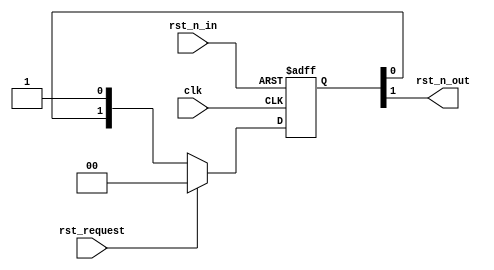
// This program was cloned from: https://github.com/verimake-team/SparkRoad-V
// License: MIT License

//-----------------------------------------------------------------------------
// The confidential and proprietary information contained in this file may
// only be used by a person authorised under and to the extent permitted
// by a subsisting licensing agreement from ARM Limited.
//
//            (C) COPYRIGHT 2013 ARM Limited.
//                ALL RIGHTS RESERVED
//
// This entire notice must be reproduced on all copies of this file
// and copies of this file may only be made by a person if such person is
// permitted to do so under the terms of a subsisting license agreement
// from ARM Limited.
//
//      SVN Information
//
//      Checked In          : $Date: 2017-07-25 15:10:13 +0100 (Tue, 25 Jul 2017) $
//
//      Revision            : $Revision: 368444 $
//
//      Release Information : Cortex-M0 DesignStart-r2p0-00rel0
//
//-----------------------------------------------------------------------------
//-----------------------------------------------------------------------------
// Abstract : Simple reset synchronizer
//-----------------------------------------------------------------------------

// Reset synchroniser
module fpga_rst_sync  (
  input  wire  clk,
  input  wire  rst_n_in,
  input  wire  rst_request,
  output wire  rst_n_out
  );

  reg   [1:0]  reg_rst_sync;

  always @(posedge clk or negedge rst_n_in)
  begin
  if (~rst_n_in)
    reg_rst_sync <= 2'b00;
  else
    if (rst_request)
      reg_rst_sync <= 2'b00;
    else
      reg_rst_sync <= {reg_rst_sync[0], 1'b1};
  end

  assign     rst_n_out = reg_rst_sync[1];

endmodule